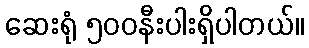
ဆေးရုံ ၅၀၀နီးပါးရှိပါတယ်။